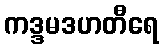
ကဒ္ဒမဒဟတီရေ